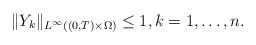
\begin{align*}\|Y_k\|_{L^\infty((0,T)\times\Omega)}\leq 1,k=1,\ldots,n.\end{align*}